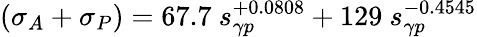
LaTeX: (\sigma_{A}+\sigma_{P})=67.7\ s_{\gamma p}^{+0.0808}+129\ s_{\gamma p}^{-0.4545}